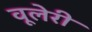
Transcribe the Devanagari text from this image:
वूलेरी